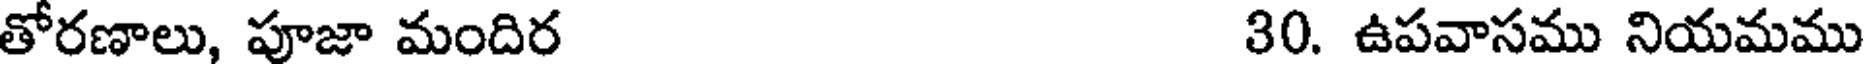
తోరణాలు, పూజా మందిర 30. ఉపవాసము నియమము